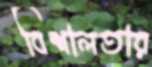
বিশালতার